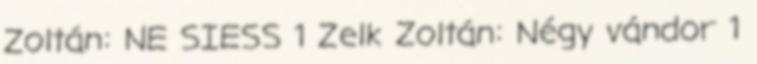
Zoltán: NE SIESS 1 Zelk Zoltán: Négy vándor 1